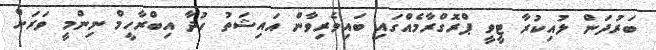
ބަރުދަން ލުއިކުރާ ޓީވީ ޕްރޮގްރާމެއްގައި ބައިވެރިވާން އައިޝަތު ހުދާ އިބްރާހީމް ނިންމީ ވަރަށް